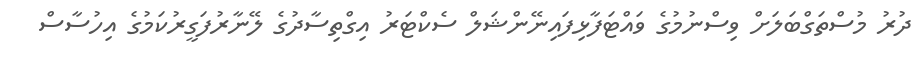
ދުރު މުސްތަގްބަލަށް ވިސްނުމުގެ ވައްޓަފާޅިފައިނޭންޝަލް ސެކްޓަރު އިގްތިސާދުގެ ލޭނާރުފަގީރުކަމުގެ އިހުސާސް